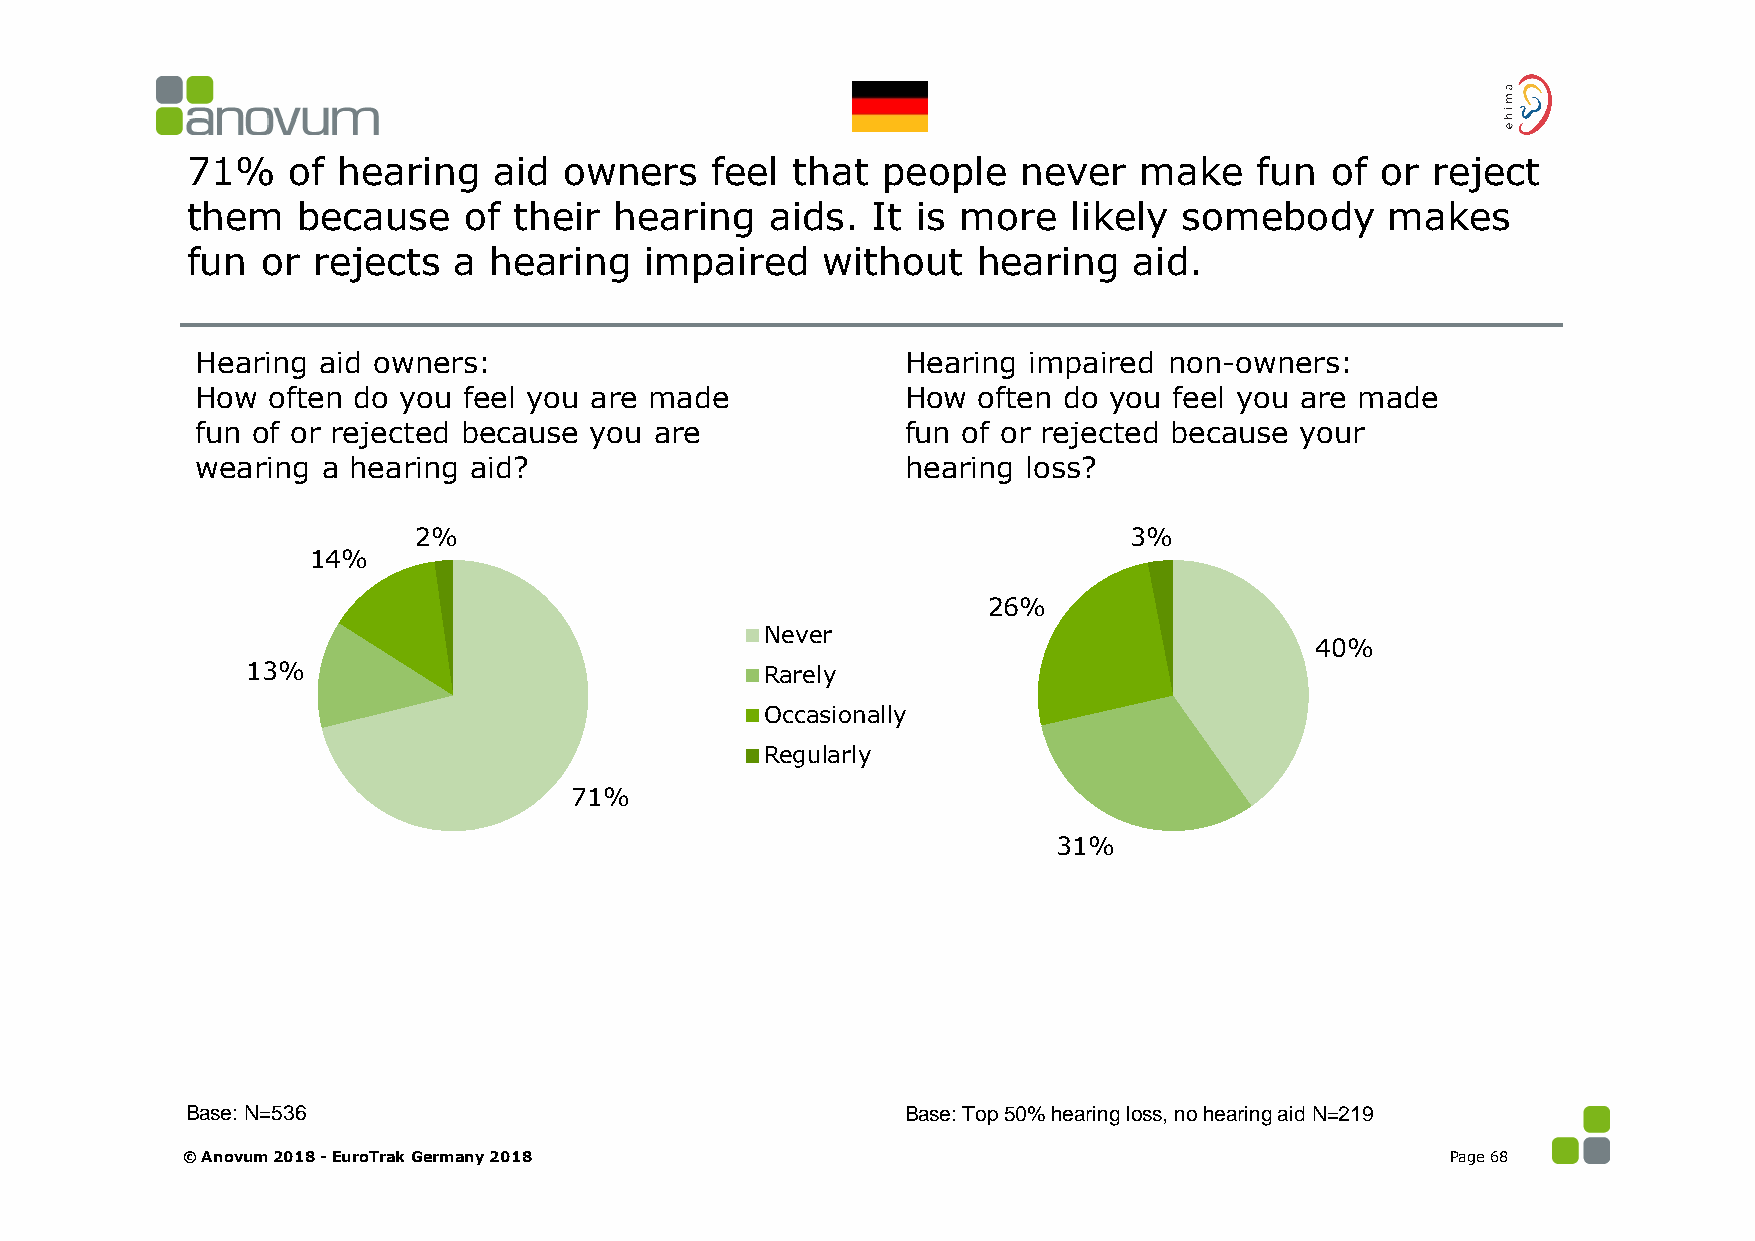
71%    of hearing    aid owners    feel that  people   never   make    fun  of or  reject
 them    because    of their  hearing   aids.  It is more   likely somebody      makes
 fun  or  rejects  a hearing    impaired   without    hearing   aid.
 Hearing aid owners:                            Hearing impaired non-owners:
 How  often do you feel you are made            How  often do you feel you are made
 fun of or rejected because you are             fun of or rejected because your
 wearing a hearing aid?                         hearing loss?
 2%                                              3%
 14%
 26%
 Never
 40%
 13%                                Rarely
 Occasionally
 Regularly
 71%
 31%
 Base: N=536                                     Base: Top 50% hearing loss, no hearing aid N=219
 © Anovum 2018 -EuroTrak Germany 2018                                                Page 68